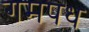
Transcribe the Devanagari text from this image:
गमपध